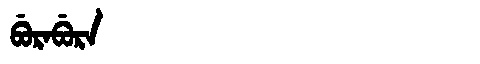
Manchu: ᠪᡠᡵᠠᠪᡠᡵᠠ
Romanization: BURABURA